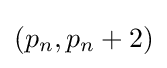
(p_{n},p_{n}+2)